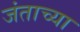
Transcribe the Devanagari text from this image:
जंताच्या